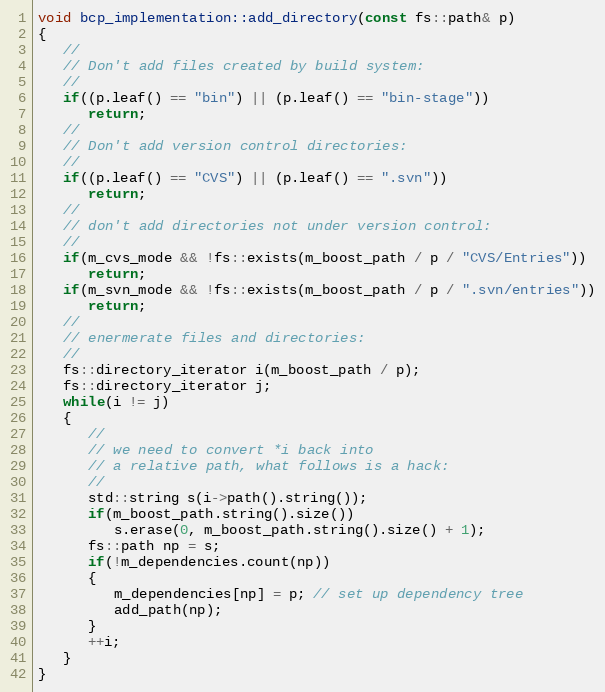
Language: C++
void bcp_implementation::add_directory(const fs::path& p)
{
   //
   // Don't add files created by build system:
   //
   if((p.leaf() == "bin") || (p.leaf() == "bin-stage"))
      return;
   //
   // Don't add version control directories:
   //
   if((p.leaf() == "CVS") || (p.leaf() == ".svn"))
      return;
   //
   // don't add directories not under version control:
   //
   if(m_cvs_mode && !fs::exists(m_boost_path / p / "CVS/Entries"))
      return;
   if(m_svn_mode && !fs::exists(m_boost_path / p / ".svn/entries"))
      return;
   //
   // enermerate files and directories:
   //
   fs::directory_iterator i(m_boost_path / p);
   fs::directory_iterator j;
   while(i != j)
   {
      //
      // we need to convert *i back into
      // a relative path, what follows is a hack:
      //
      std::string s(i->path().string());
      if(m_boost_path.string().size())
         s.erase(0, m_boost_path.string().size() + 1);
      fs::path np = s;
      if(!m_dependencies.count(np))
      {
         m_dependencies[np] = p; // set up dependency tree
         add_path(np);
      }
      ++i;
   }
}